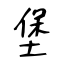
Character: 堡